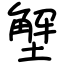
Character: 㙰